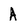
Character: A